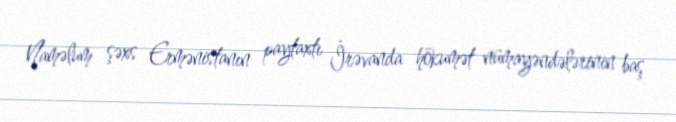
Naməlum şəxs Ermənistanın paytaxtı İrəvanda hökumət nümayəndələrinin baş